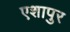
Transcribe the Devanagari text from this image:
एशापुर